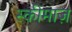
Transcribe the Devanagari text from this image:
स्कीमाज़